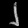
Digit: ၂